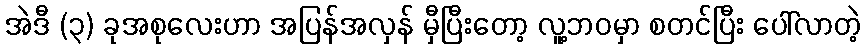
အဲဒီ (၃) ခုအစုလေးဟာ အပြန်အလှန် မှီပြီးတော့ လူ့ဘဝမှာ စတင်ပြီး ပေါ်လာတဲ့